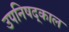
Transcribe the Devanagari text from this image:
उपनिषद्काल